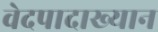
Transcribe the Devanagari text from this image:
वेदपादाख्यान